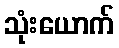
သုံးယောက်